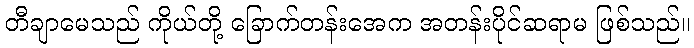
တီချာမေသည် ကိုယ်တို့ ခြောက်တန်းအေက အတန်းပိုင်ဆရာမ ဖြစ်သည်။